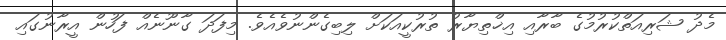
މެދު ޝަރިއަތްކުރުމުގެ ބާރާއި އިޚްތިޔާރު ތުރުކީއަކަށް ލިބިގެންނުވެއެވެ. މިފަދަ ގާނޫނެއް ފަހުން އީރާނުގައި